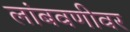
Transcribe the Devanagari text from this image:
लांबवणीवर